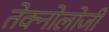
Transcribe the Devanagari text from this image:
तेक्नोलोजी